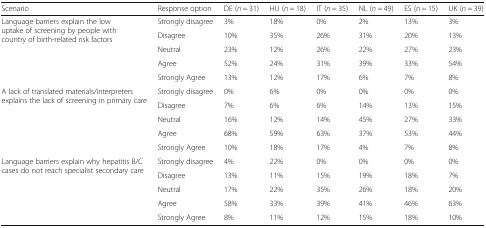
| Scenario | Response option | DE (n = 31) | HU (n = 18) | IT (n = 35) | NL (n = 49) | ES (n = 15) | UK (n = 39) |
 | --- | --- | --- | --- | --- | --- | --- | --- |
 | <ROWSPAN=5> Language barriers explain the low uptake of screening by people with country of birth-related risk factors | Strongly disagree | 3% | 18% | 0% | 2% | 13% | 3% |
 | Disagree | 10% | 35% | 26% | 31% | 20% | 13% |
 | Neutral | 23% | 12% | 26% | 22% | 27% | 23% |
 | Agree | 52% | 24% | 31% | 39% | 33% | 54% |
 | Strongly Agree | 13% | 12% | 17% | 6% | 7% | 8% |
 | <ROWSPAN=5> A lack of translated materials/interpreters explains the lack of screening in primary care | Strongly disagree | 0% | 6% | 0% | 0% | 0% | 0% |
 | Disagree | 7% | 6% | 6% | 14% | 13% | 15% |
 | Neutral | 16% | 12% | 14% | 45% | 27% | 33% |
 | Agree | 68% | 59% | 63% | 37% | 53% | 44% |
 | Strongly Agree | 10% | 18% | 17% | 4% | 7% | 8% |
 | <ROWSPAN=5> Language barriers explain why hepatitis B/C cases do not reach specialist secondary care | Strongly disagree | 4% | 22% | 0% | 0% | 0% | 0% |
 | Disagree | 13% | 11% | 15% | 19% | 18% | 7% |
 | Neutral | 17% | 22% | 35% | 26% | 18% | 20% |
 | Agree | 58% | 33% | 39% | 41% | 46% | 63% |
 | Strongly Agree | 8% | 11% | 12% | 15% | 18% | 10% |